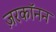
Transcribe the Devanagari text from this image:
ज़रकॉनन